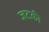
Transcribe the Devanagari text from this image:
जटकी